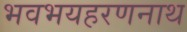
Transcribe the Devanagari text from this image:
भवभयहरणनाथ